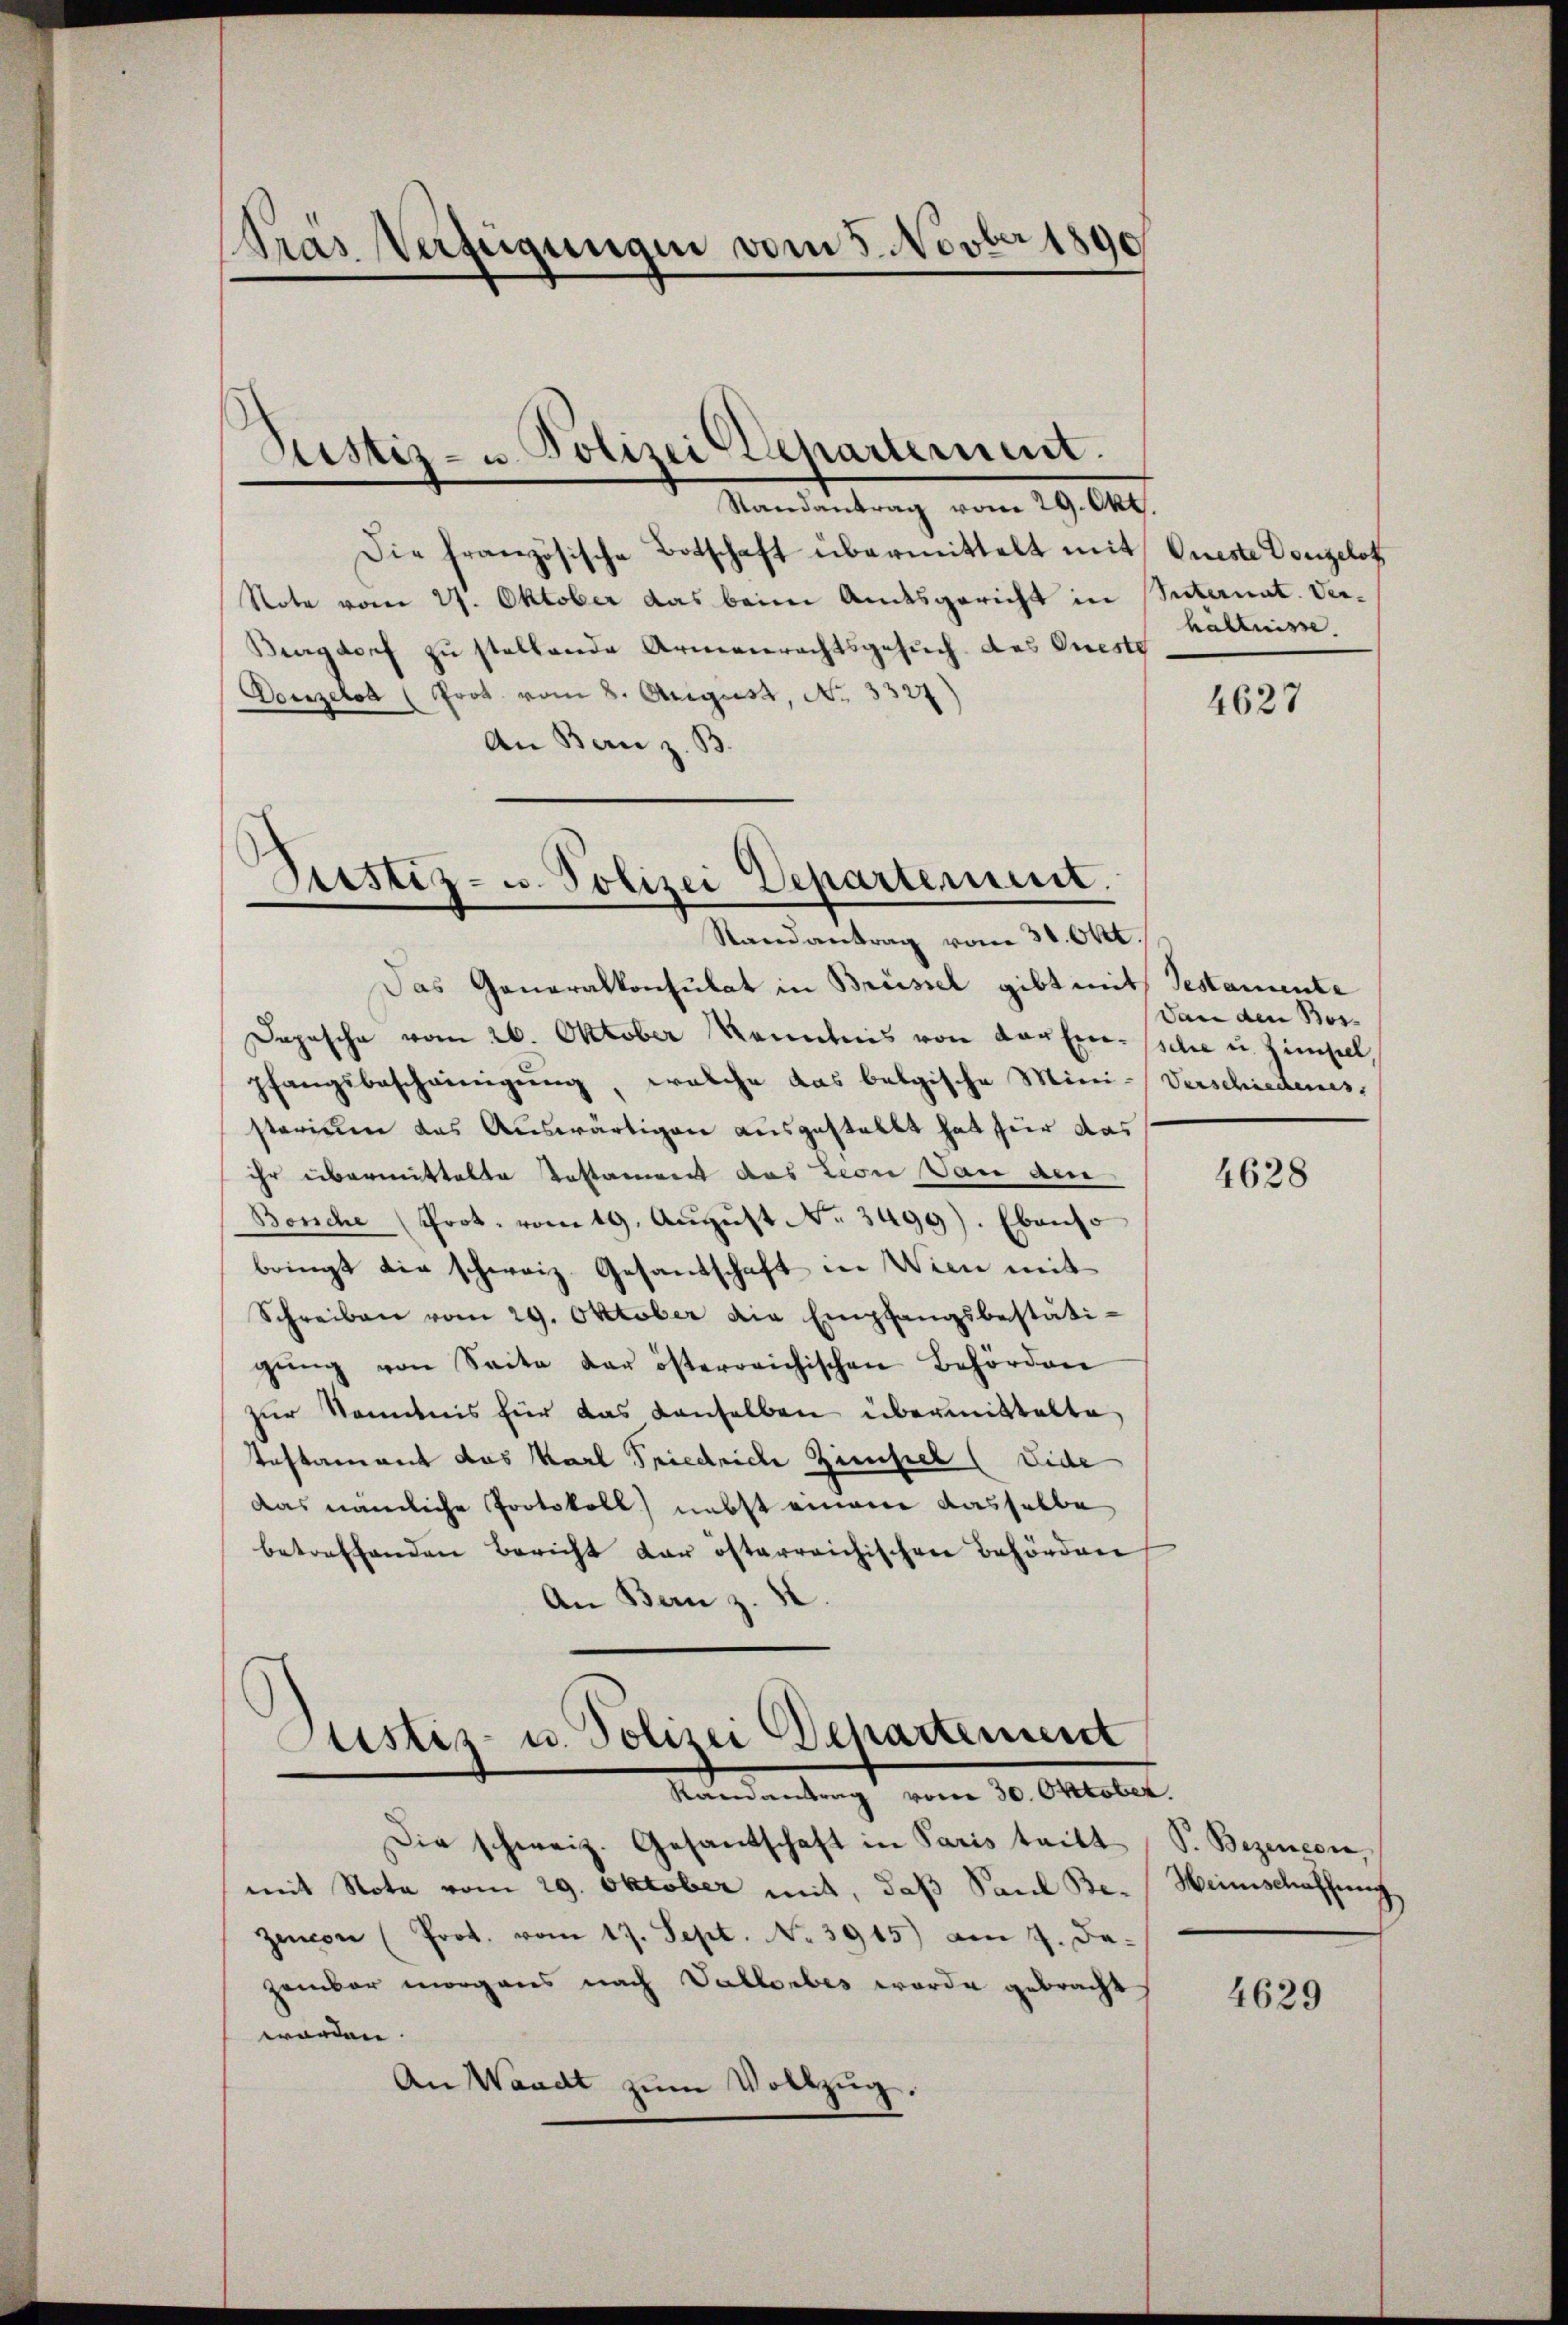
Pras Verfügungen vom 5. Novber 1890

Justiz- u. Polizei Departement.

Randantrag vom 29. Okt.
Die französische Botschaft übermittelt mit Queste Dongelot
Note vom 27. Oktober das beim Amtsgericht in Suternat. Ver¬
Burgdorf zu stellende Armenrechtsgesuch des Oneste
Douzelod (Prot. vom 8. August, No. 3327)
An Bern z. B.

Sistiz- u. Polizei Departement.
.

tistis- u. Polizei Departement
Randantrag vom 30. Oktober

Randantrag vom 31. Okt.
Das Generalkonsulat in Brüssel gibt mit Testamente
Dopesche vom 26. Oktober Kenntnis von der Ersche u. Zimpel,
pfangsbescheinigung, welche das belgische Mini- Verschiedenes,
sterium das Auswärtigen ausgestellt hat für das
ihr übermittelte Testament das Leon Dan den
Borche (Prot. vom 19. Aŭgŭst No. 3499). Ebenso
bringt die schweiz. Gesandschaft in Wien mit
Schreiben vom 29. Oktober die Empfangsbestäti-
gŭng von Seite der österreichischen Behörden
zur Kenntnis für das denselben übermittelte
Testament das Karl Friedriche Zinsel (Lide
das nämliche Protokoll) nebst einem dasselbe
betreffenden Bericht der österreichischen Behörden
An Bern z. B.

Die schweiz. Gesandschaft in Paris tritt
mit Note vom 29. Oktober mit, daß Saul Be¬
Zencon (Prot. vom 17. Sept. No. 3915) am 7. Je
zember morgens nach Vallorbes worde gebracht
worden.
An Waadt zŭm Vollzŭg.

hältnisse.

4627

Dan den Bos¬

4628

V. Bezencon,
Heinschaffung

4629